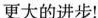
更大的进步！